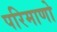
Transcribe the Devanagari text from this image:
परिमाणो